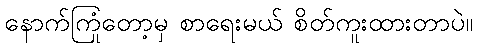
နောက်ကြုံတော့မှ စာရေးမယ် စိတ်ကူးထားတာပဲ။